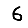
Digit: 6